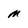
Character: M